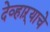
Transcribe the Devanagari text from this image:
देव्हाऱ्याचे